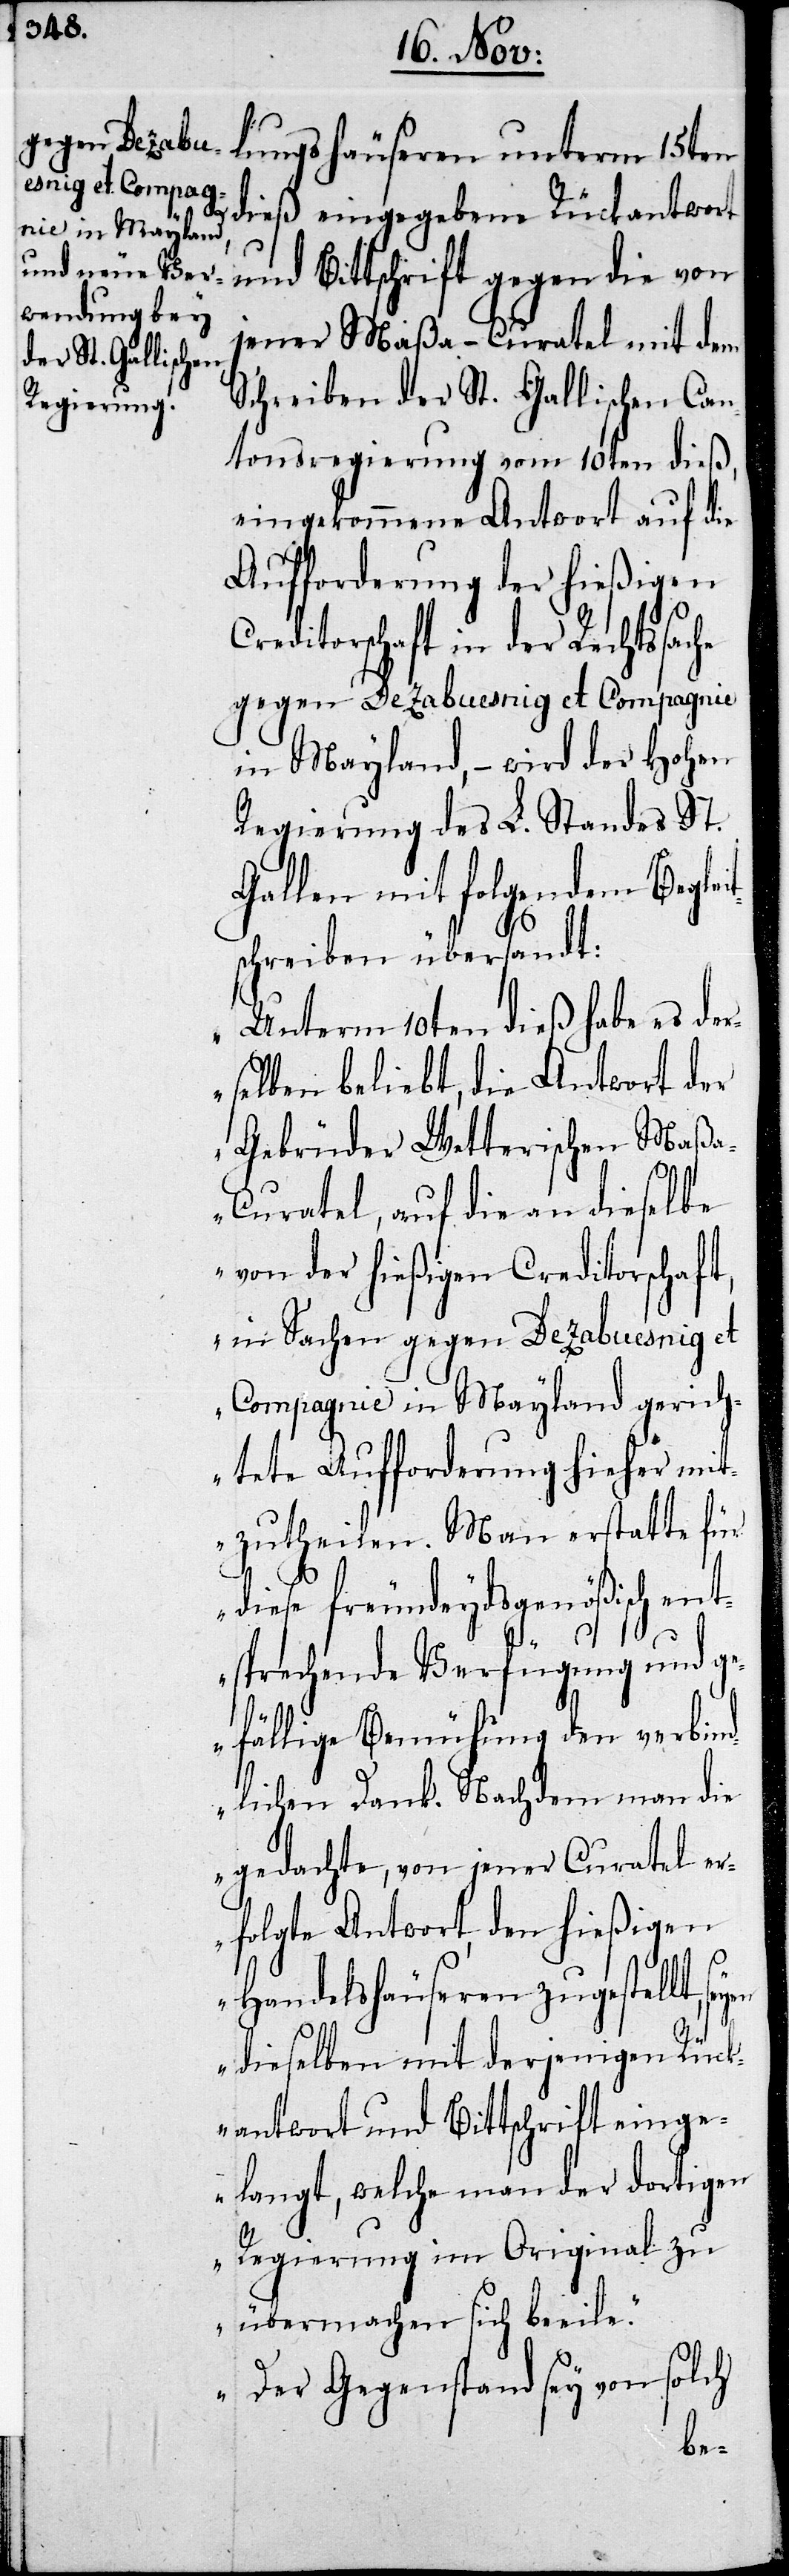
lungshäuseren unterm 15ten
dieß eingegebene Rückantwort
und Bittschrift gegen die von
jener Maßa-Curatel mit dem
Schreiben der St. Gallischen Can¬
tonsregierung vom 10ten dieß,
eingekommene Antwort auf die
Aufforderung der hießigen
Creditorschaft in der Rechts¬
gegen De Zabuesnig et Comagnie
in Mayland, – wird der Hohen
Regierung des L. Standes St.
Gallen mit folgendem Begle¬
schreiben übersandt:
„Unterm 10ten dieß habe es der¬
selben beliebt, die Antwort der
Gebrüder Wetterischen Maß¬
a-Curatel, auf die an dieselbe
von der hießigen Creditorschaft,
in Sachen gegen De Zabuesnig et
Compagnie in Mayland gerich¬
tete Aufforderung hieher mit¬
zutheilen. Man erstatte für
diese freundeydsgenößisch ent¬
it¬
sprechende Verfügung und ge¬
fällige Bemühung den verbind¬
lichen Dank. Nachdem man die
gedachte, von jener Curatel er¬
folgte Antwort, den hießigen
Handelshäuseren zugestellt,
dieselben mit derjenigen Rück¬
antwort und Bittschrift einge¬
langt, welche man der dortigen
Regierung im Original zu
übermachen sich beeile.
Der Gegenstand sey von solch